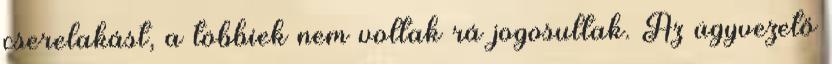
cserelakást, a többiek nem voltak rá jogosultak. Az ügyvezető